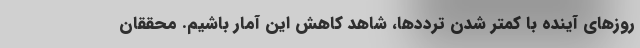
روزهای آینده با کمتر شدن ترددها، شاهد کاهش این آمار باشیم. محققان